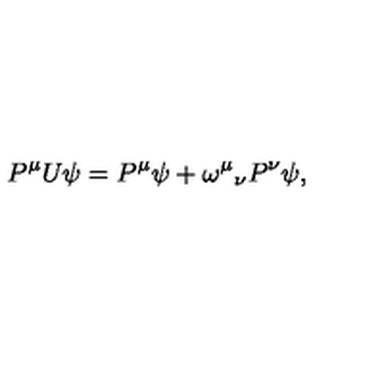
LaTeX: P ^ { \mu } U \psi = P ^ { \mu } \psi + \omega ^ { \mu } { } _ { \nu } P ^ { \nu } \psi ,